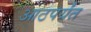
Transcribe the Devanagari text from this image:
आठपर्यंत